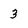
Character: 3